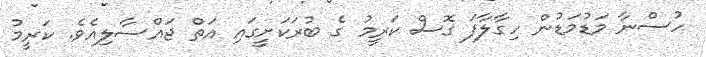
ހުސްނާ މަޑުމަޑުން ހިގާލާފަ ގޮސް ކަރީމު ގެ ބުރަކަށީގައި އަތް ޖައްސާލިއެވެ. ކަރީމު